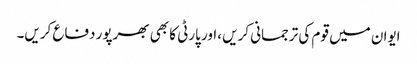
ایوان میں قوم کی ترجمانی کریں ،اور پارٹی کا بھی بھرپور دفاع کریں۔